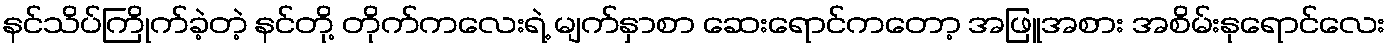
နင်သိပ်ကြိုက်ခဲ့တဲ့ နင်တို့ တိုက်ကလေးရဲ့ မျက်နှာစာ ဆေးရောင်ကတော့ အဖြူအစား အစိမ်းနုရောင်လေး